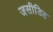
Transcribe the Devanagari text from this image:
जसीडिह